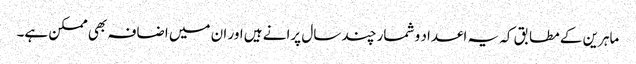
ماہرین کے مطابق کہ یہ اعداد و شمار چند سال پرانے ہیں اور ان میں اضافہ بھی ممکن ہے۔